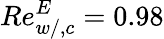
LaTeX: Re_{w/,c}^{E}=0.98